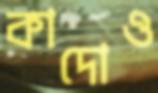
কাদোও